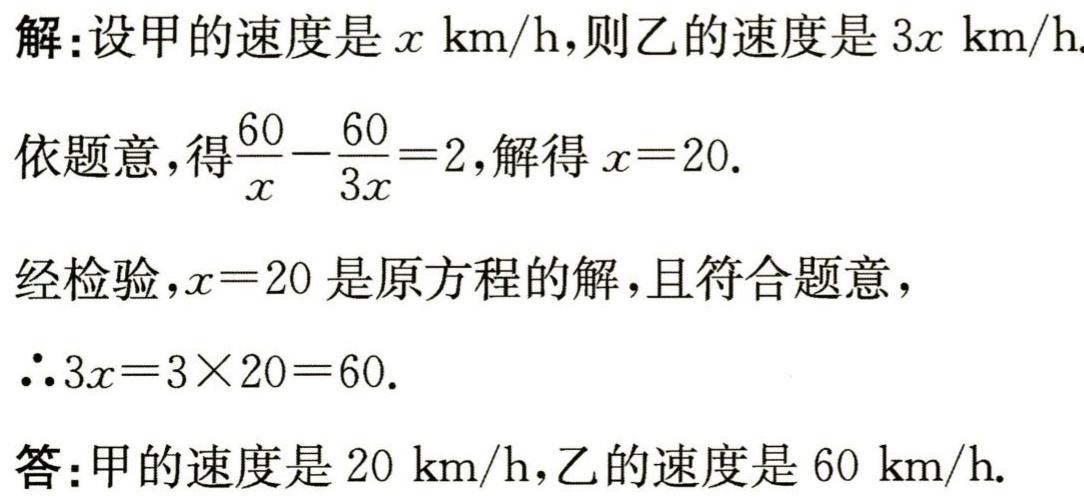
解：设甲的速度是\(x \text{ km/h}\)，则乙的速度是\(3x \text{ km/h}\).

依题意，得\(\dfrac{60}{x}-\dfrac{60}{3x}=2\)，解得\(x = 20\).

经检验，\(x = 20\)是原方程的解，且符合题意，

\(\therefore 3x=3\times20 = 60\).

答：甲的速度是\(20 \text{ km/h}\)，乙的速度是\(60 \text{ km/h}\).